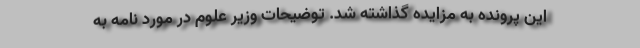
این پرونده به مزایده گذاشته شد. توضیحات وزیر علوم در مورد نامه به